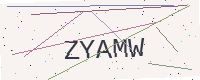
Text: ZYAMW